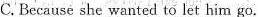
C.Because she wanted to let him go.